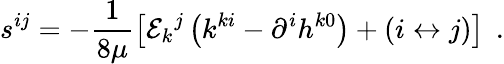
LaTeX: s^{ij}=-\frac 1{8\mu}\left[{\cal E}_{k}{}^{j}\left(k^{ki}-\partial^{i}h^{k0}\right)+\left(i\leftrightarrow j\right)\right]\; \, .